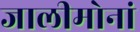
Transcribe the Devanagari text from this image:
जालीमोनां